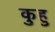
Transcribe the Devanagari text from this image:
कुहु